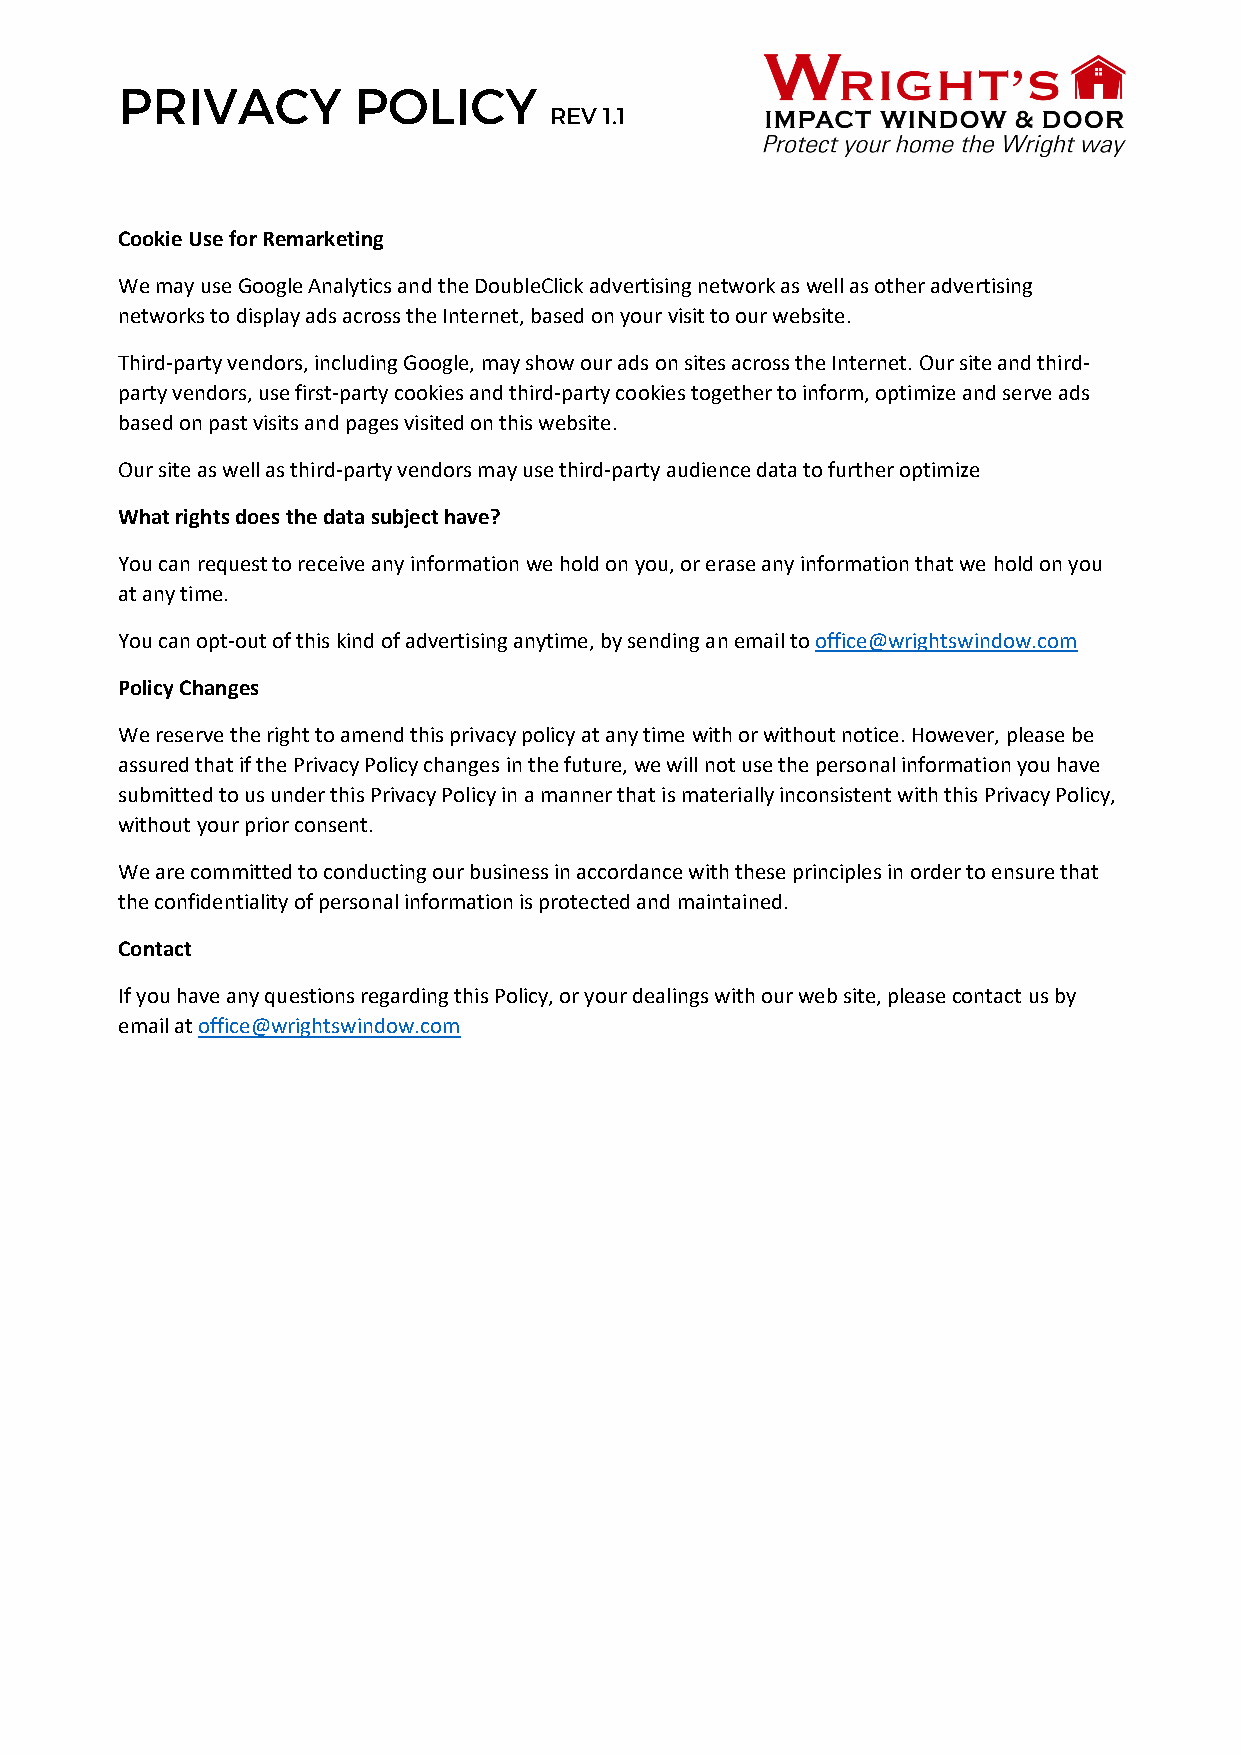
PRIVACY        POLICY
 REV 1.1
 Cookie Use for Remarketing
 We may use Google Analytics and the DoubleClick advertising network as well as other advertising
 networks to display ads across the Internet, based on your visit to our website.
 Third-party vendors, including Google, may show our ads on sites across the Internet. Our site and third-
 party vendors, use first-party cookies and third-party cookies together to inform, optimize and serve ads
 based on past visits and pages visited on this website.
 Our site as well as third-party vendors may use third-party audience data to further optimize
 What rights does the data subject have?
 You can request to receive any information we hold on you, or erase any information that we hold on you
 at any time.
 You can opt-out of this kind of advertising anytime, by sending an email to office@wrightswindow.com
 Policy Changes
 We reserve the right to amend this privacy policy at any time with or without notice. However, please be
 assured that if the Privacy Policy changes in the future, we will not use the personal information you have
 submitted to us under this Privacy Policy in a manner that is materially inconsistent with this Privacy Policy,
 without your prior consent.
 We are committed to conducting our business in accordance with these principles in order to ensure that
 the confidentiality of personal information is protected and maintained.
 Contact
 If you have any questions regarding this Policy, or your dealings with our web site, please contact us by
 email at office@wrightswindow.com